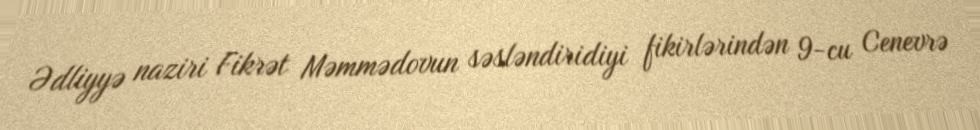
Ədliyyə naziri Fikrət Məmmədovun səsləndiridiyi fikirlərindən 9-cu Cenevrə